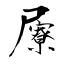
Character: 屪